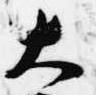
大